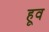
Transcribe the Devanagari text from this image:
हूव